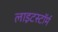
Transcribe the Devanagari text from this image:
लाइटस्टॉर्म